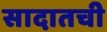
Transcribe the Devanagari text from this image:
सादातची